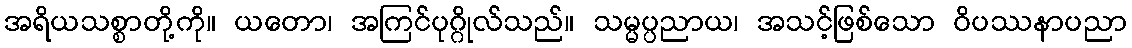
အရိယသစ္စာတို့ကို။ ယတော၊ အကြင်ပုဂ္ဂိုလ်သည်။ သမ္မပ္ပညာယ၊ အသင့်ဖြစ်သော ဝိပဿနာပညာ